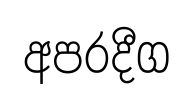
අපරදීග